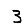
Digit: 3